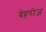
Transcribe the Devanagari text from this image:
बेहरोज